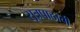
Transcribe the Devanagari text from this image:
सूत्रपाठाची